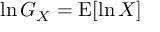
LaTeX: \ln G _ { X } = \operatorname { E } [ \ln X ]